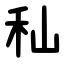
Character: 秈